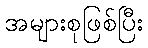
အများစုဖြစ်ပြီး